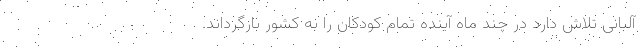
آلبانی تلاش دارد در چند ماه آینده تمام کودکان را به کشور بازگرداند.